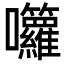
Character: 囖